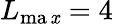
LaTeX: L_{\operatorname*{ma\mathit{x}}}=4